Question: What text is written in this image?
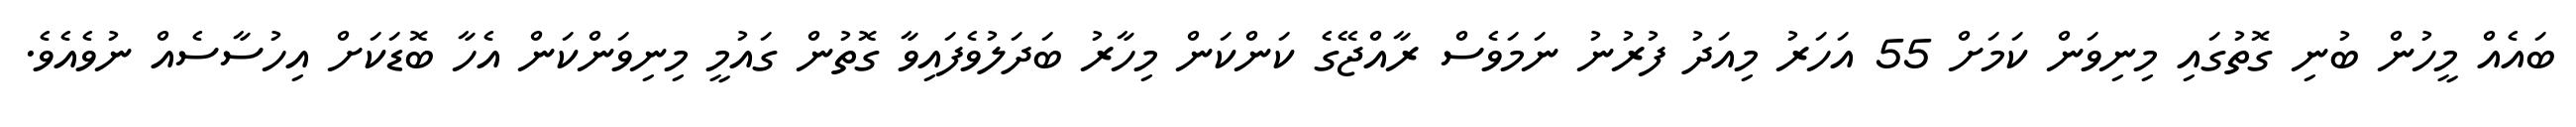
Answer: ބައެއް މީހުން ބުނި ގޮތުގައި މިނިވަން ކަމަށް 55 އަހަރު މިއަދު ފުރުނު ނަމަވެސް ރާއްޖޭގެ ކަންކަން މިހާރު ބަދަލުވެފައިވާ ގޮތުން ގައުމީ މިނިވަންކަން އެހާ ބޮޑަކަށް އިހުސާސެއް ނުވެއެވެ.